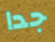
جدا